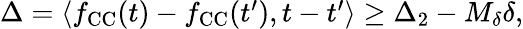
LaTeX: \begin{array}{r}{\Delta=\langle f_{\mathrm{CC}}(t)-f_{\mathrm{CC}}(t^{\prime}),t-t^{\prime}\rangle\geq\Delta_{2}-M_{\delta}\delta,}\end{array}